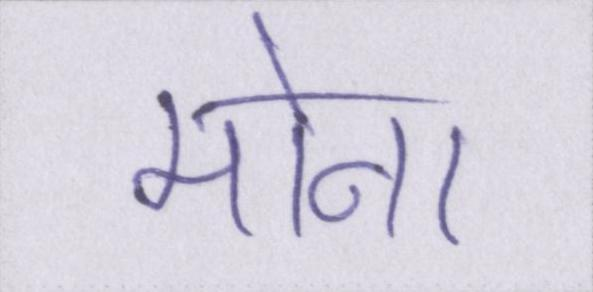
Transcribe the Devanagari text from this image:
मोना